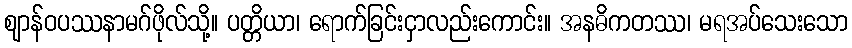
ဈာန်ဝပဿနာမဂ်ဖိုလ်သို့။ ပတ္တိယာ၊ ရောက်ခြင်းငှာလည်းကောင်း။ အနဓိကတဿ၊ မရအပ်သေးသော